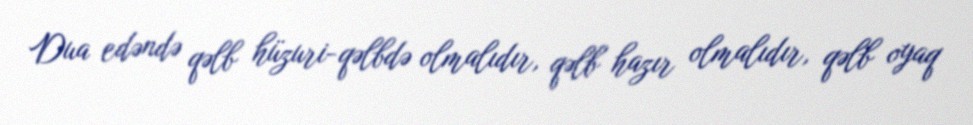
Dua edəndə qəlb hüzuri-qəlbdə olmalıdır, qəlb hazır olmalıdır, qəlb oyaq